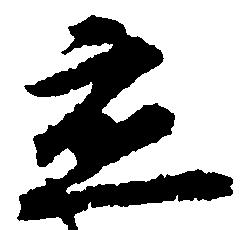
応